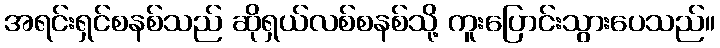
အရင်းရှင်စနစ်သည် ဆိုရှယ်လစ်စနစ်သို့ ကူးပြောင်းသွားပေသည်။